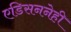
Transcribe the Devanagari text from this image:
एडिसननेही